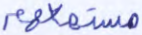
مستمعهم